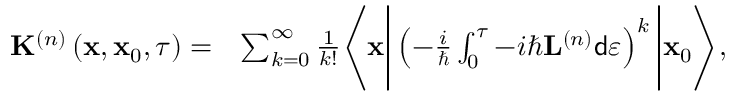
\begin{array} { r l } { \mathbf { K } ^ { \left( n \right) } \left( \mathbf { x } , \mathbf { x } _ { 0 } , \tau \right) = } & { \sum _ { k = 0 } ^ { \infty } \frac { 1 } { k ! } \Bigg \langle \mathbf { x } \Bigg \vert \left( - \frac { i } { \hbar } \int _ { 0 } ^ { \tau } - i \hbar \mathbf { L } ^ { \left( n \right) } \mathsf { d } \varepsilon \right) ^ { k } \Bigg \vert \mathbf { x } _ { 0 } \Bigg \rangle , } \end{array}